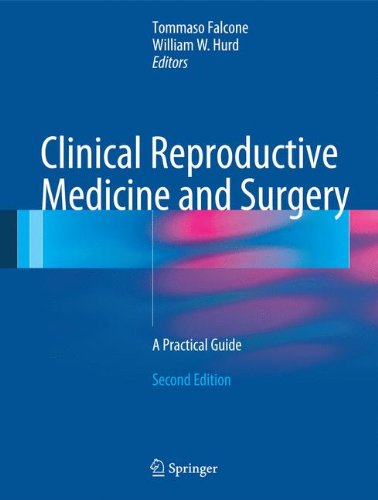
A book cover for Clinical Reproductive Medicine and Surgery: A Practical Guide; Health, Fitness & Dieting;